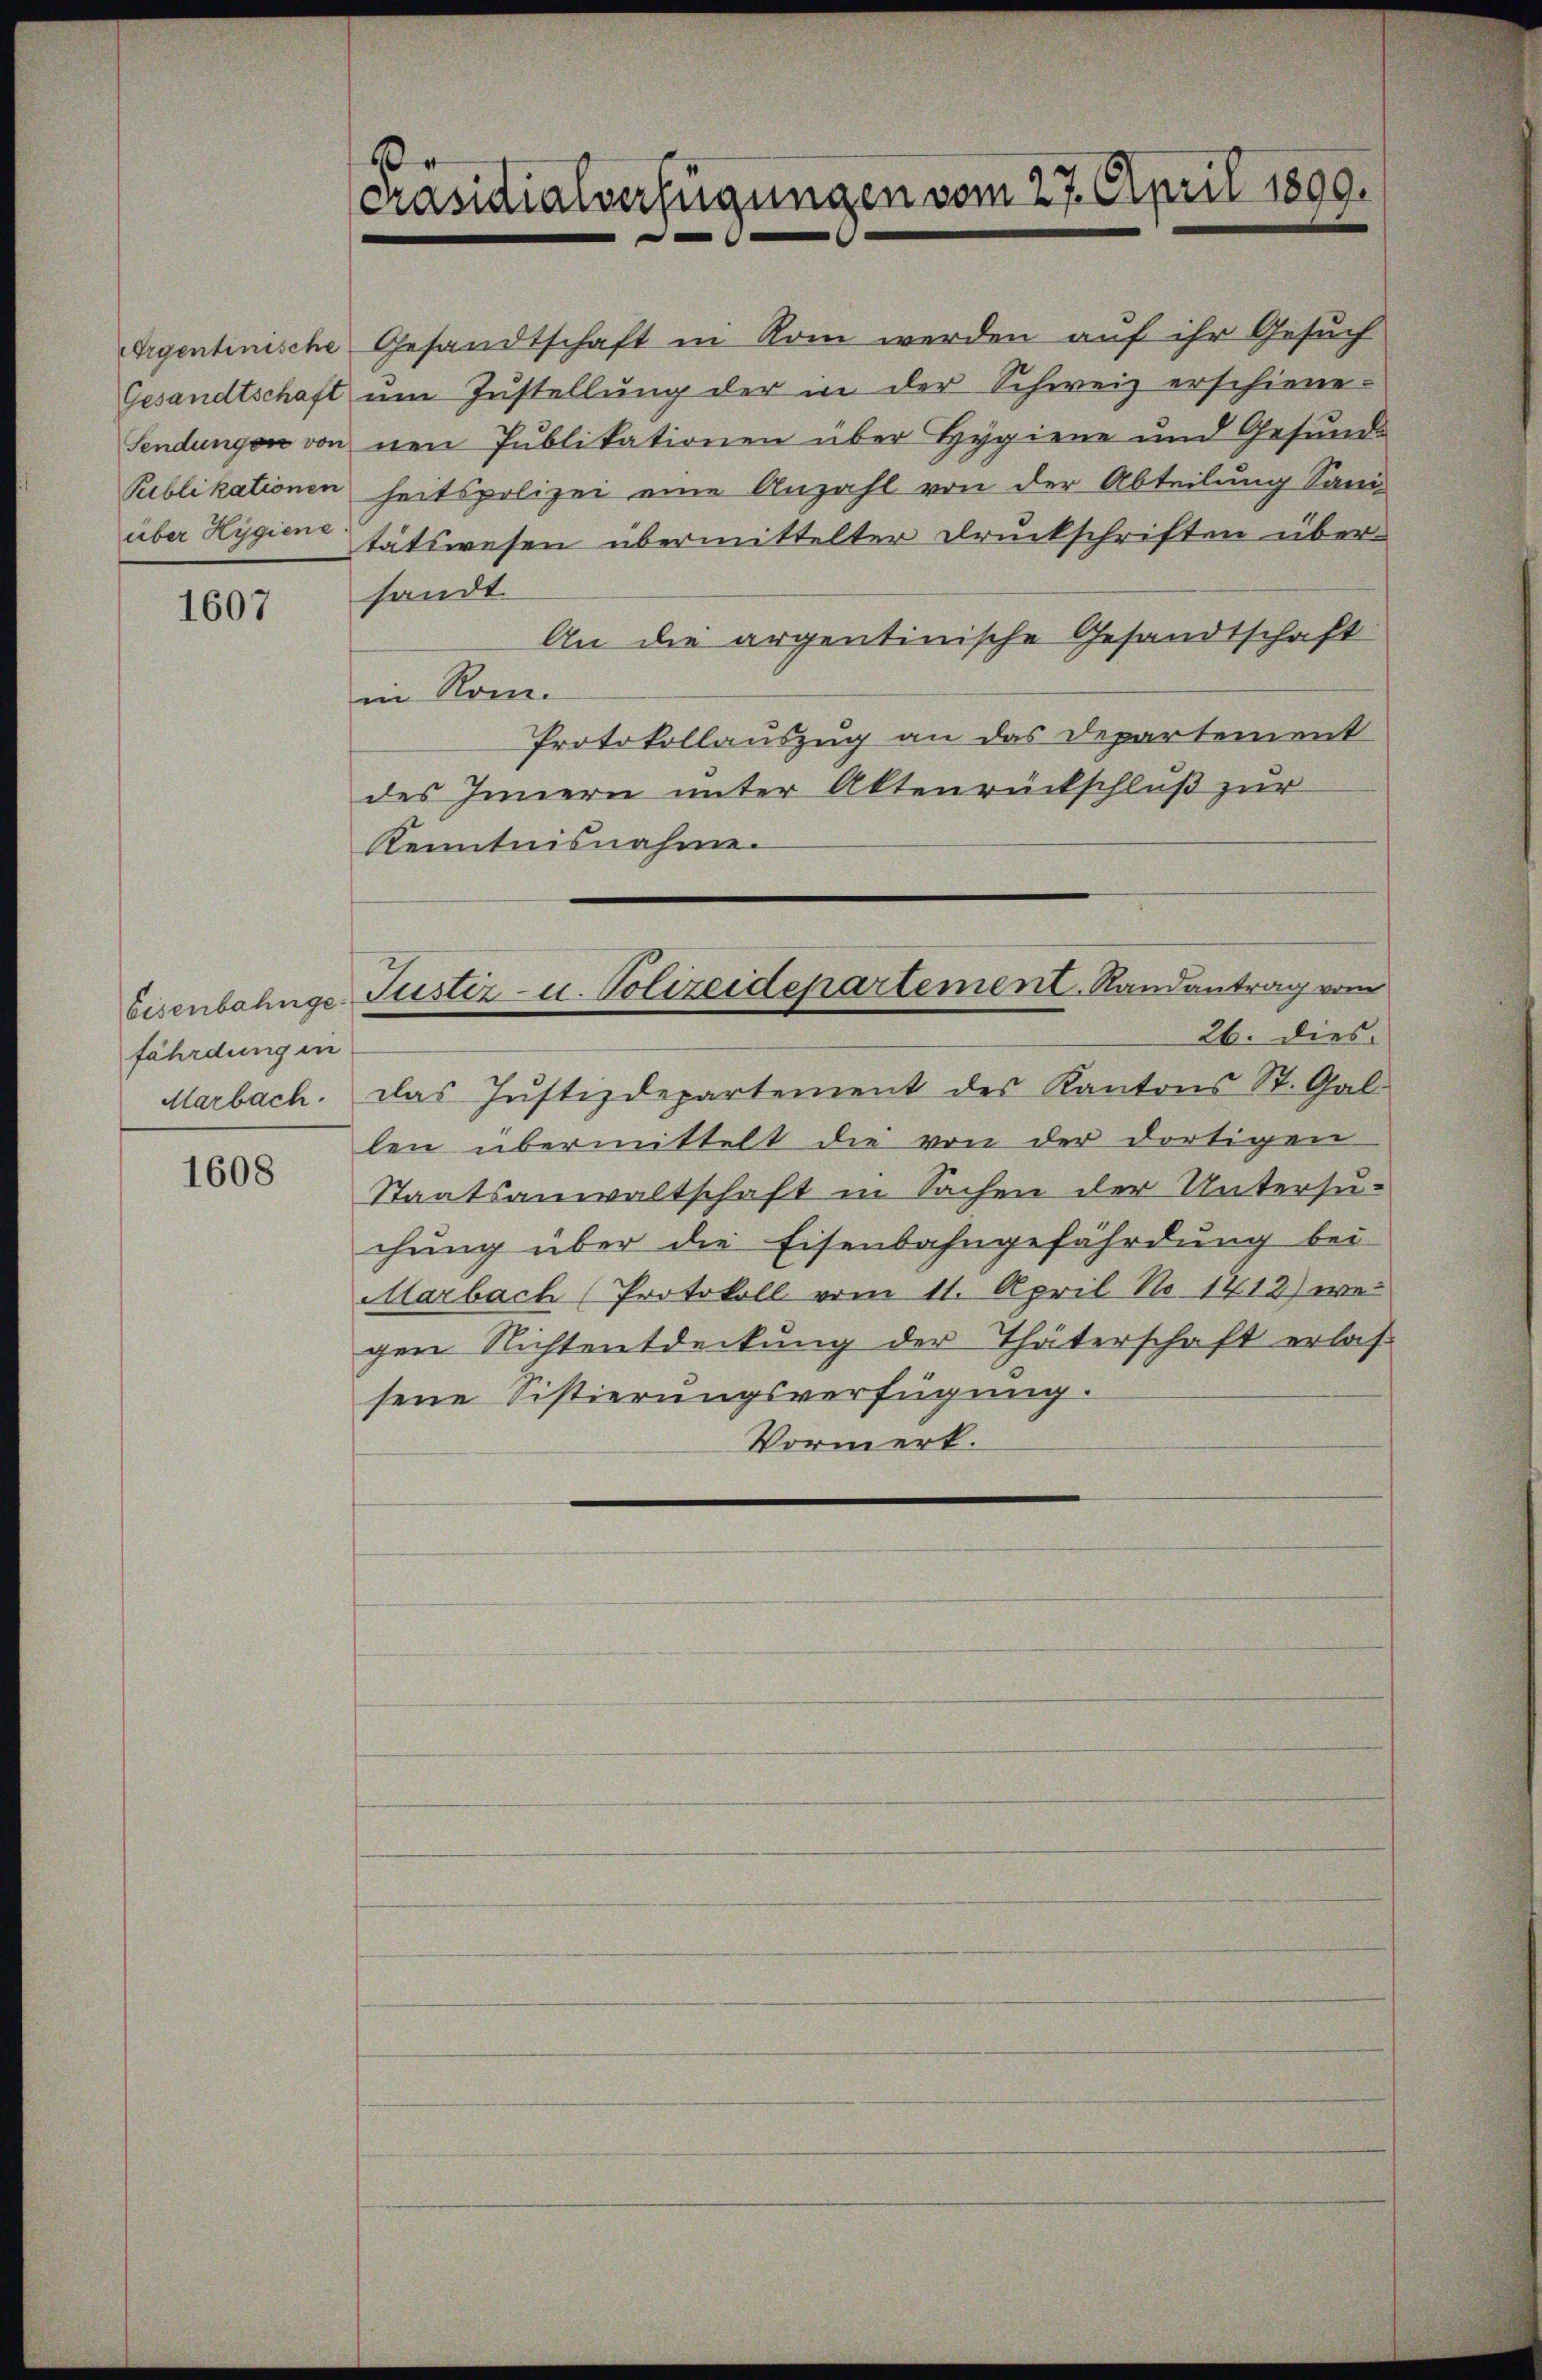
Gesandtschaft
über Hygiene

1607

fährdung in
Marbach.

1608

.
Präsidialverfügungen vom 27. April 1800.

Argentinische Gesandtschaft in Rom werden auf ihr Gesuch
um Zustellung der in der Schweiz erschiene¬
Sendungen von nen Publikationen über Hygiene und Gesunde
Publikationen heitspolizei eine Anzahl von der Abteilung Sani
tätswesen übermittelter Druckschriften über-
sandt.
An die argentinische Gesandtschaft
in Rom.
Protokollauszug an das Departement
des Innern unter Aktenrückschluß zur
Kenntnisnahme.
Eisenbahnge Justiz- u. Polizeidepartement. Randantrag vom
26. dies
das Justizdepartement des Kantons St. Gal-
len übermittelt die von der dortigen
Staatsanwaltschaft in Sachen der Untersu-
chung über die Eisenbahngefährdung bei
Marbach (Protokoll vom 11. April No. 1412) wei
gen Nichtentdeckung der Thäterschaft erlas-
sene Sistierungsverfügung.
Vormerk.